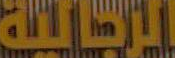
الرجالية